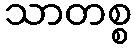
သာတစ္စ